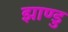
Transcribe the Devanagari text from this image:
झाण्डु